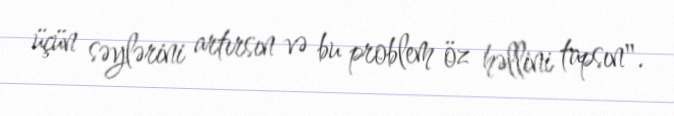
üçün səylərini artırsın və bu problem öz həllini tapsın".